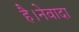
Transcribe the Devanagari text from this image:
है।नेवादा